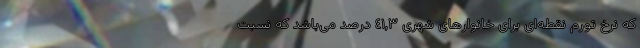
که نرخ تورم نقطه‌ای برای خانوارهای شهری ٤١,٣ درصد می‌باشد که نسبت